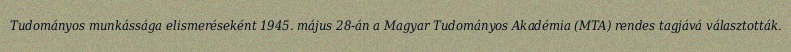
Tudományos munkássága elismeréseként 1945. május 28-án a Magyar Tudományos Akadémia (MTA) rendes tagjává választották.